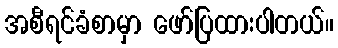
အစီရင်ခံစာမှာ ဖော်ပြထားပါတယ်။